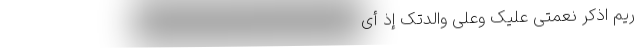
َرْیَمَ اذْکُرْ نِعْمَتِی عَلَیْکَ وَعَلَی وَالِدَتِکَ إِذْ أَیَّ